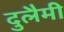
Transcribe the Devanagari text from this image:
दुलैमी